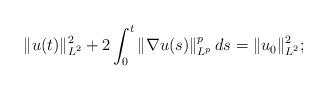
LaTeX: \begin{align*} \|u(t)\|_{L^2}^2 + 2 \int_0^t \|\nabla u(s)\|_{L^p}^p\,d s = \|u_0 \|_{L^2}^2;\end{align*}